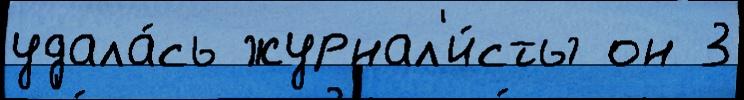
удала́сь журнал'и́сты он 3